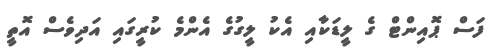
ފަސް ޕޮއިންޓް ގެ ލީޑަކާއި އެކު ލީގުގެ އެންމެ ކުރީގައި އަދިވެސް އޮތީ